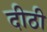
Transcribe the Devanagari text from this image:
दीठी